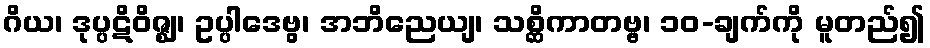
ဂိယ၊ ဒုပ္ပဋိဝိဇ္ဈ၊ ဥပ္ပါဒေဗွ၊ အဘိညေယျ၊ သစ္ဆိကာတဗ္ဗ၊ ၁၀-ချက်ကို မူတည်၍